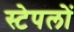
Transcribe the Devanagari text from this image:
स्टेपलों